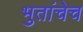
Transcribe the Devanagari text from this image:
भुतांचेच